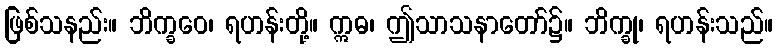
ဖြစ်သနည်း။ ဘိက္ခဝေ၊ ရဟန်းတို့။ ဣဓ၊ ဤသာသနာတော်၌။ ဘိက္ခု၊ ရဟန်းသည်။